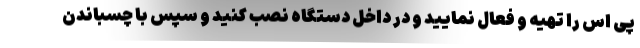
پی اس را تهیه و فعال نمایید و در داخل دستگاه نصب کنید و سپس با چسباندن